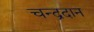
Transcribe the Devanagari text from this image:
चन्द्रदान